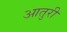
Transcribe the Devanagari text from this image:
आतुरी